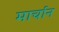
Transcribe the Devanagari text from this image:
मार्चान